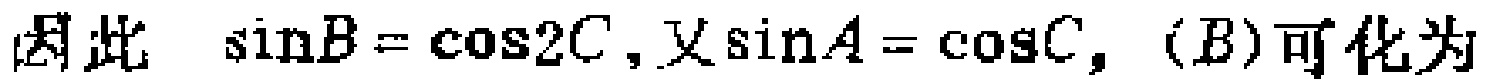
因此 $\sin B = \cos 2C$, 又 $\sin A = \cos C$, $(B)$可化为